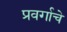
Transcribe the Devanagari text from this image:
प्रवर्गाचे